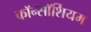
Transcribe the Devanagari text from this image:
कॉन्सॉर्शियम